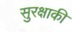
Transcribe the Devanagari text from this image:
सुरक्षाकी